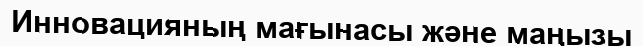
Инновацияның мағынасы және маңызы